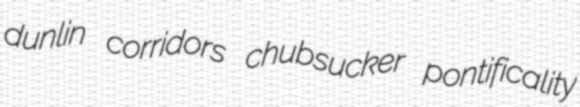
dunlin corridors chubsucker pontificality